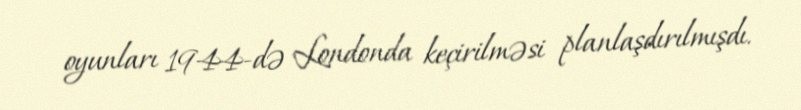
oyunları 1944-də Londonda keçirilməsi planlaşdırılmışdı.